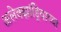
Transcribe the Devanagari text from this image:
अलेक्झांड्रियाच्या